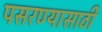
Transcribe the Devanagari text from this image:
पसरण्यासाठी